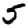
Digit: 5